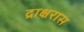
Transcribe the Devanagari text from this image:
द्राक्षरास